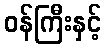
ဝန်ကြီးနှင့်